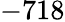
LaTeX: -718